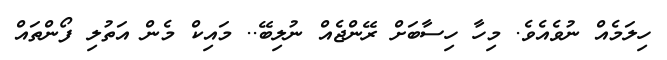
ހިލަމެއް ނުވެއެވެ. މިހާ ހިސާބަށް ރޭންޖެއް ނުލިބޭ.. މައިކް މެން އަތުލި ފޯންތައް